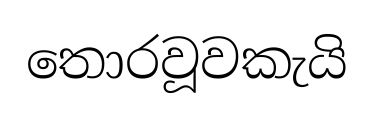
තොරවූවකැයි